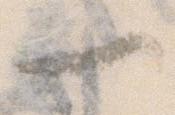
一